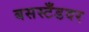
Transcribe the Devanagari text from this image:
बसस्टँडवर